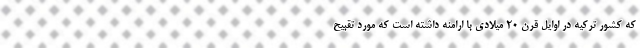
که کشور ترکیه در اوایل قرن ۲۰ میلادی با ارامنه داشته است که مورد تقبیح